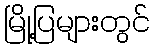
မြို့ပြများတွင်